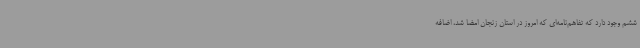
ششم وجود دارد که تفاهم‌نامه‌ای که امروز در استان زنجان امضا شد، اضافه